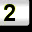
Digit: 2